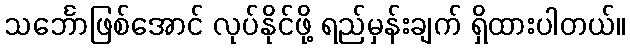
သင်္ဘောဖြစ်အောင် လုပ်နိုင်ဖို့ ရည်မှန်းချက် ရှိထားပါတယ်။